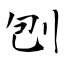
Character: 刨